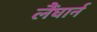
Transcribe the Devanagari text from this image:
लैंघार्न